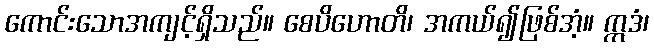
ကောင်းသောအကျင့်ရှိသည်။ စေပိဟောတိ၊ အကယ်၍ဖြစ်အံ့။ ဣဒံ၊